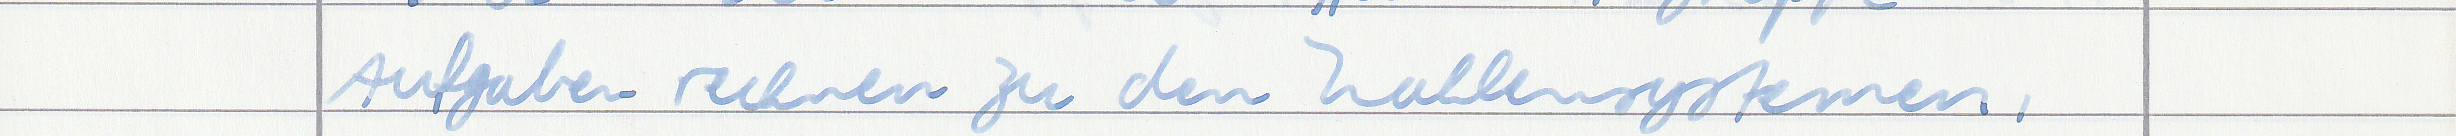
Aufgaben rechnen zu den Zahlensystemen ,